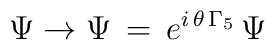
\Psi \rightarrow \Psi\,=\,e^{i\,\theta\,\Gamma_5}\,\Psi